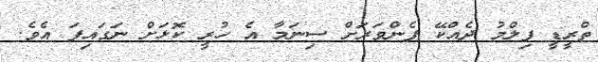
ތްރީޑީ ފިލްމު ދެއްކޭ ފެންވަރަށް ސިނަމާ އެ ހުރީ ކޮޅަށް ނަގައިފަ އެވެ.